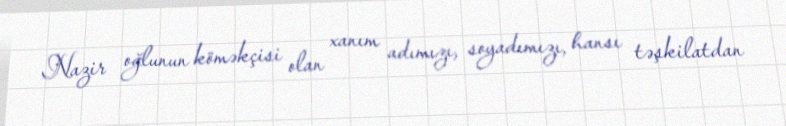
Nazir oğlunun köməkçisi olan xanım adımızı, soyadımızı, hansı təşkilatdan